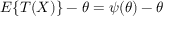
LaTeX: E \{ T ( X ) \} - \theta = \psi ( \theta ) - \theta